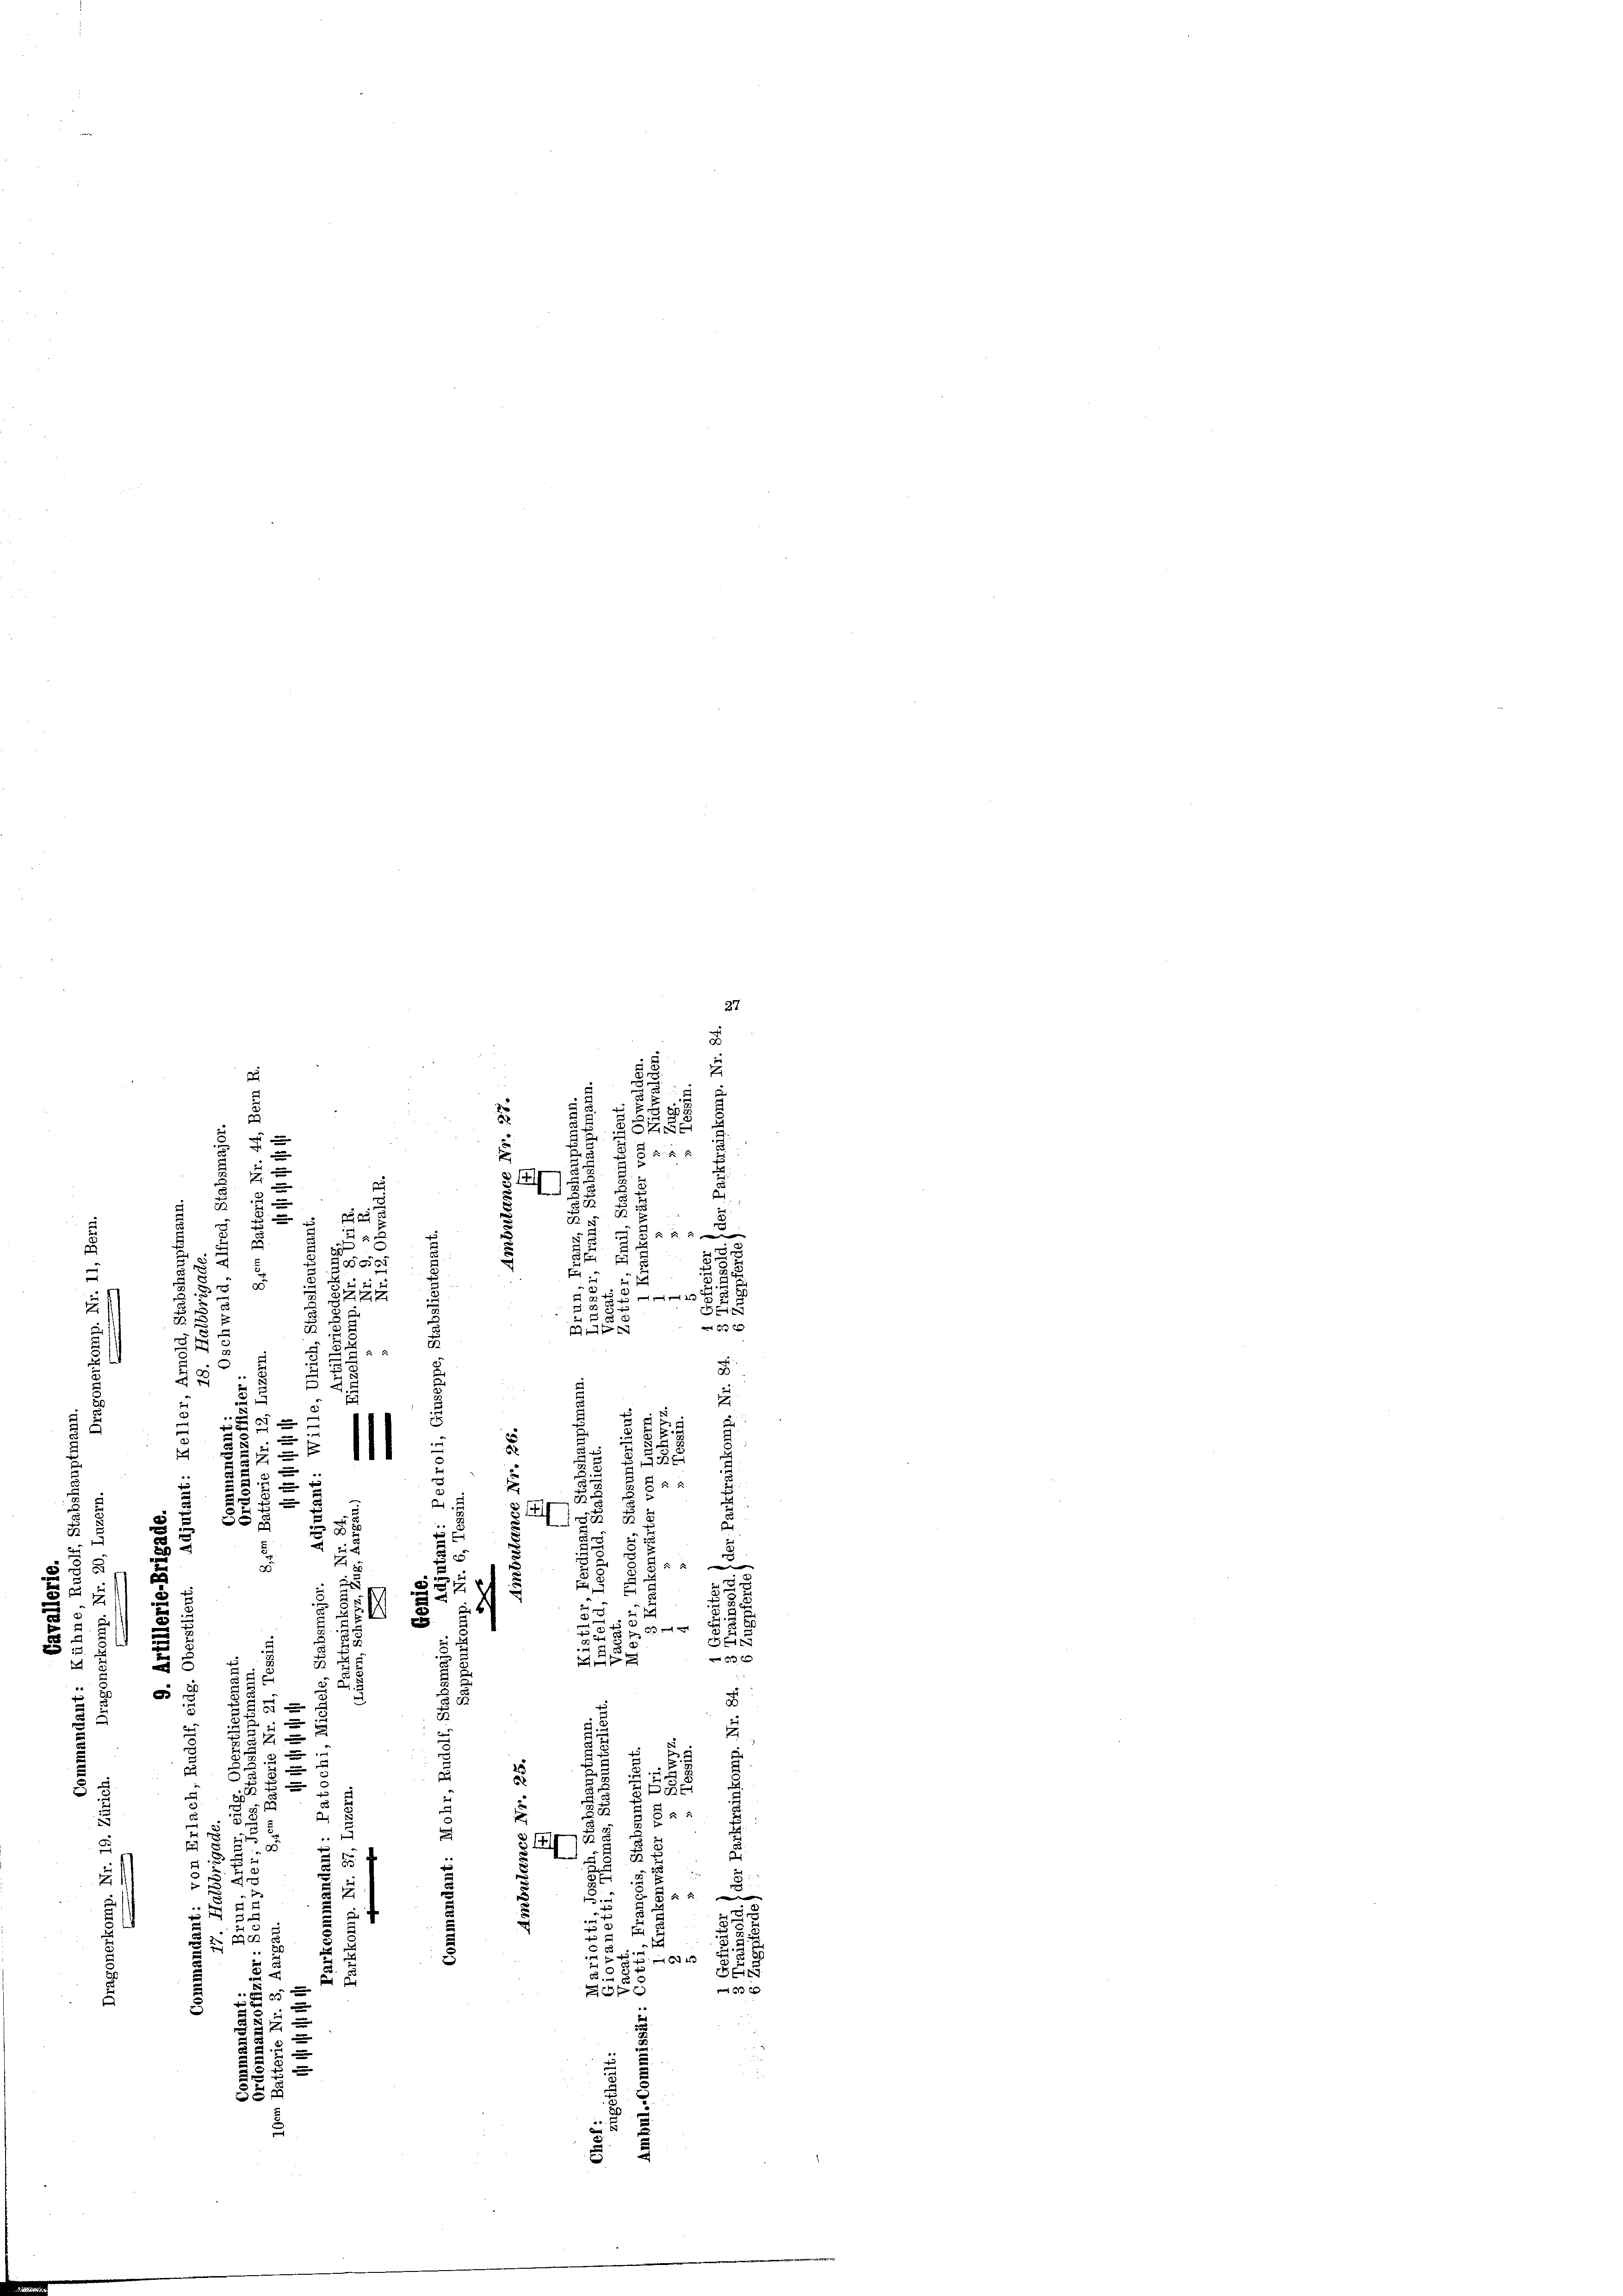
27
i
1
e

e
s
.
u
.
 f 8 x
u

.
1
a
n
3
2
de 85

1

x
e
2
.
¬
2
2
u
3
t
u
u
deser
E
2
r

222
.

d
.52
u
.
60 x

5.
2
5
2
2

d
.
u

1
.
2
u
2
.

e
5
e
u
f
.
n
u

2
n
.
2
1
f
1
g
¬
8
d
¬
.
85
x
d
s
E
r

1
2 x

d
e
.
u

8
i
5
1
.
e
e
k
.
2
 2 x
e
.
u
u

x
.
.
4
.
28
S

17
3
.
8

2
u
5
xx

A
e
e
88

e

2
u
a
u
 x 2
7
2.
5
.
§14
.
s

a

u
i
e
1822
n
0
¬
 3
u f
2

u

B 8
6

64
d
S
5

55
6 x
as u
e
e
5
i
55
5

,